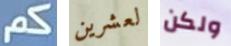
كم لعشرين ولكن